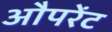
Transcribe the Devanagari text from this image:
औपरेंट